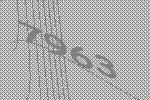
7963